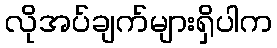
လိုအပ်ချက်များရှိပါက